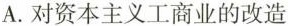
A.对资本主义工商业的改造